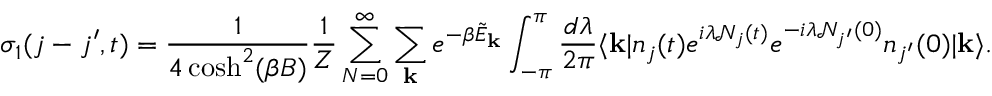
\sigma _ { 1 } ( j - j ^ { \prime } , t ) = \frac { 1 } { 4 \cosh ^ { 2 } ( \beta B ) } \frac { 1 } { Z } \sum _ { N = 0 } ^ { \infty } \sum _ { \mathbf { k } } e ^ { - \beta \tilde { E } _ { \mathbf { k } } } \int _ { - \pi } ^ { \pi } \frac { d \lambda } { 2 \pi } \langle \mathbf { k } | n _ { j } ( t ) e ^ { i \lambda \mathcal { N } _ { j } ( t ) } e ^ { - i \lambda \mathcal { N } _ { j ^ { \prime } } ( 0 ) } n _ { j ^ { \prime } } ( 0 ) | \mathbf { k } \rangle .